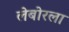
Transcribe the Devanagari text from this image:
लेबोरला